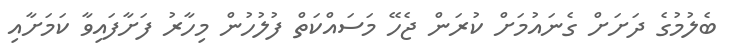
ބެލުމުގެ ދަށަށް ގެނައުމަށް ކުރަން ޖެހޭ މަސައްކަތް ފުލުހުން މިހާރު ފަށާފައިވާ ކަމަށާއި